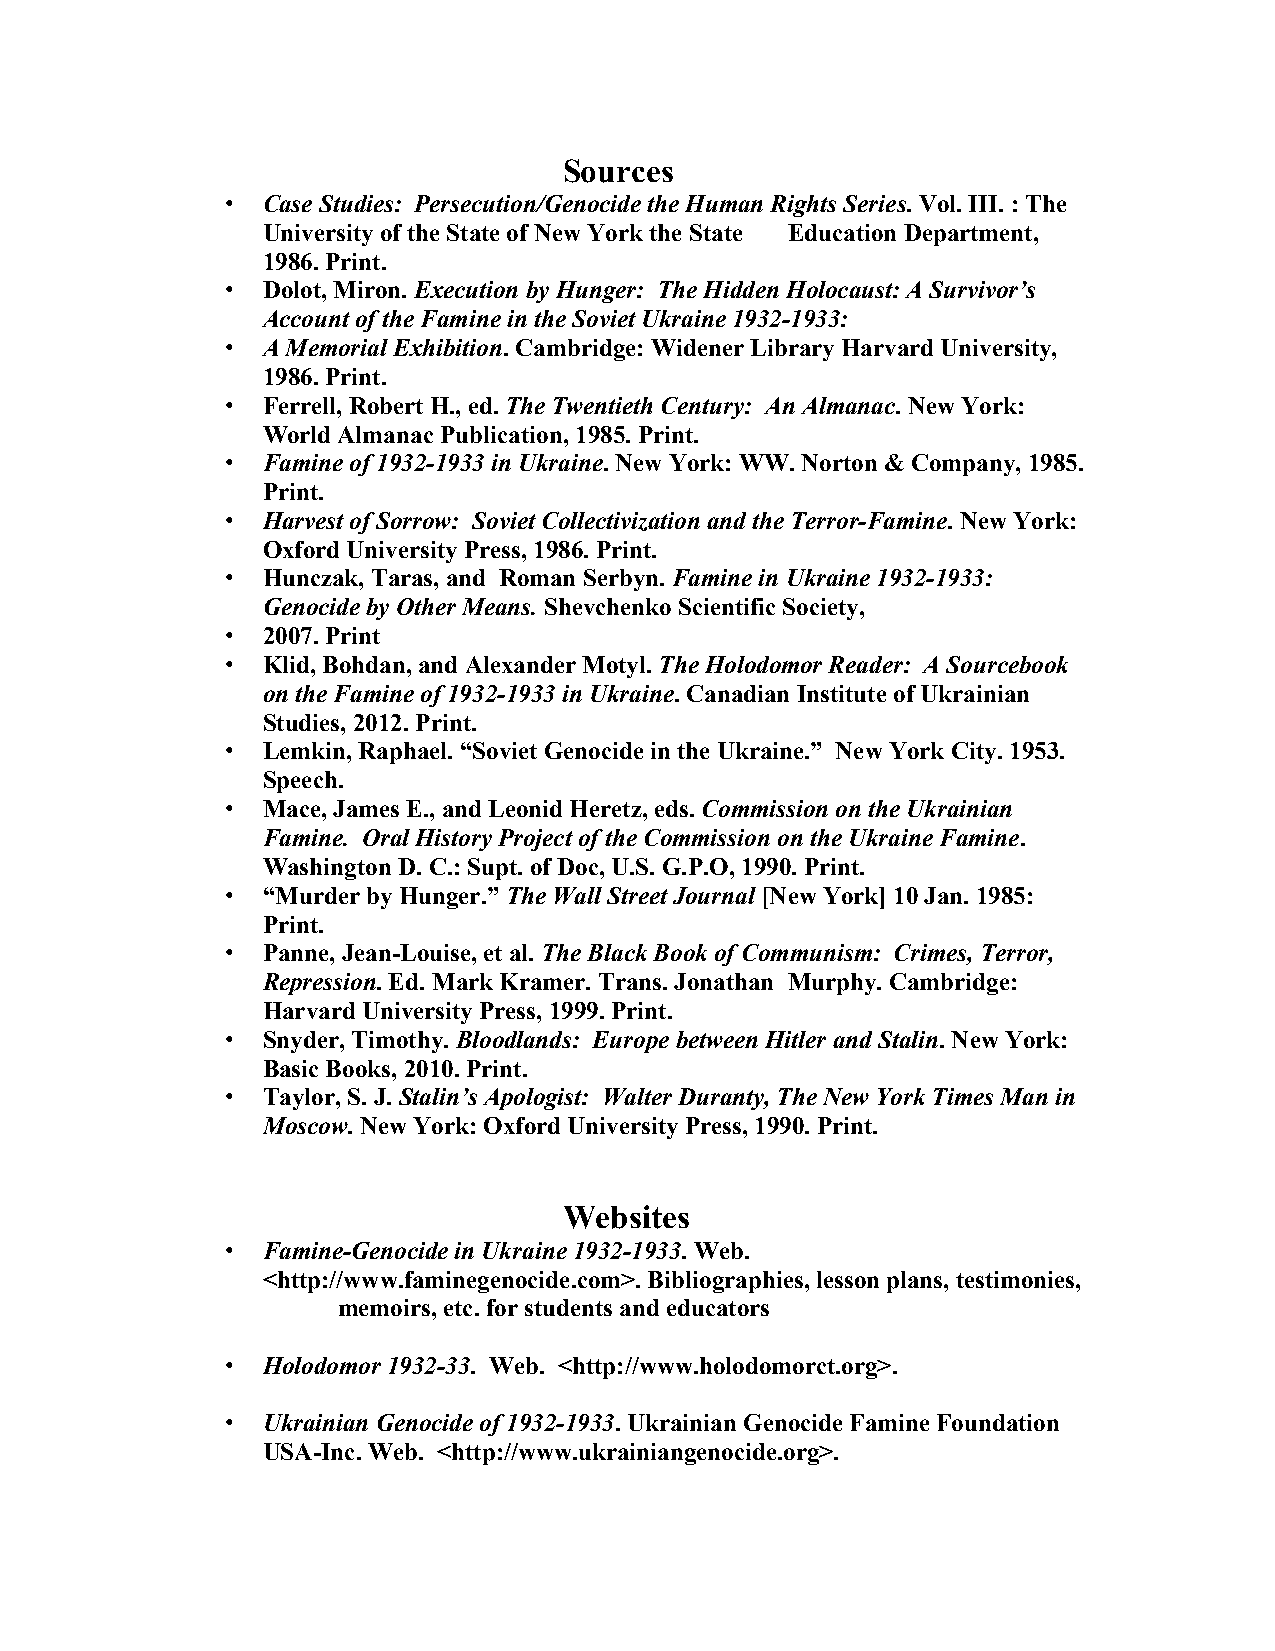
Sources
 • Case Studies: Persecution/Genocide the Human Rights Series. Vol. III. : The
 University of the State of New York the State Education Department,
 1986. Print.
 • Dolot, Miron. Execution by Hunger: The Hidden Holocaust: A Survivor’s
 Account of the Famine in the Soviet Ukraine 1932-1933:
 • A Memorial Exhibition. Cambridge: Widener Library Harvard University,
 1986. Print.
 • Ferrell, Robert H., ed. The Twentieth Century: An Almanac. New York:
 World Almanac Publication, 1985. Print.
 • Famine of 1932-1933 in Ukraine. New York: WW. Norton & Company, 1985.
 Print.
 • Harvest of Sorrow: Soviet Collectivization and the Terror-Famine. New York:
 Oxford University Press, 1986. Print.
 • Hunczak, Taras, and Roman Serbyn. Famine in Ukraine 1932-1933:
 Genocide by Other Means. Shevchenko Scientific Society,
 • 2007. Print
 • Klid, Bohdan, and Alexander Motyl. The Holodomor Reader: A Sourcebook
 on the Famine of 1932-1933 in Ukraine. Canadian Institute of Ukrainian
 Studies, 2012. Print.
 • Lemkin, Raphael. “Soviet Genocide in the Ukraine.” New York City. 1953.
 Speech.
 • Mace, James E., and Leonid Heretz, eds. Commission on the Ukrainian
 Famine. Oral History Project of the Commission on the Ukraine Famine.
 Washington D. C.: Supt. of Doc, U.S. G.P.O, 1990. Print.
 • “Murder by Hunger.” The Wall Street Journal [New York] 10 Jan. 1985:
 Print.
 • Panne, Jean-Louise, et al. The Black Book of Communism: Crimes, Terror,
 Repression. Ed. Mark Kramer. Trans. Jonathan Murphy. Cambridge:
 Harvard University Press, 1999. Print.
 • Snyder, Timothy. Bloodlands: Europe between Hitler and Stalin. New York:
 Basic Books, 2010. Print.
 • Taylor, S. J. Stalin’s Apologist: Walter Duranty, The New York Times Man in
 Moscow. New York: Oxford University Press, 1990. Print.
 Websites
 • Famine-Genocide in Ukraine 1932-1933. Web.
 <http://www.faminegenocide.com>. Bibliographies, lesson plans, testimonies,
 memoirs, etc. for students and educators
 • Holodomor 1932-33. Web. <http://www.holodomorct.org>.
 • Ukrainian Genocide of 1932-1933. Ukrainian Genocide Famine Foundation
 USA-Inc. Web. <http://www.ukrainiangenocide.org>.